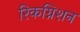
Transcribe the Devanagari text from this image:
रिकग्निशन